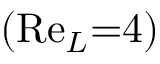
( \mathrm { R e } _ { L } { = } 4 )